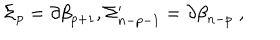
\Sigma _ { p } = \partial \mathcal { \beta } _ { p + 1 } , \Sigma _ { n - p - 1 } ^ { \prime } = \partial \mathcal { \beta } _ { n - p } \; ,